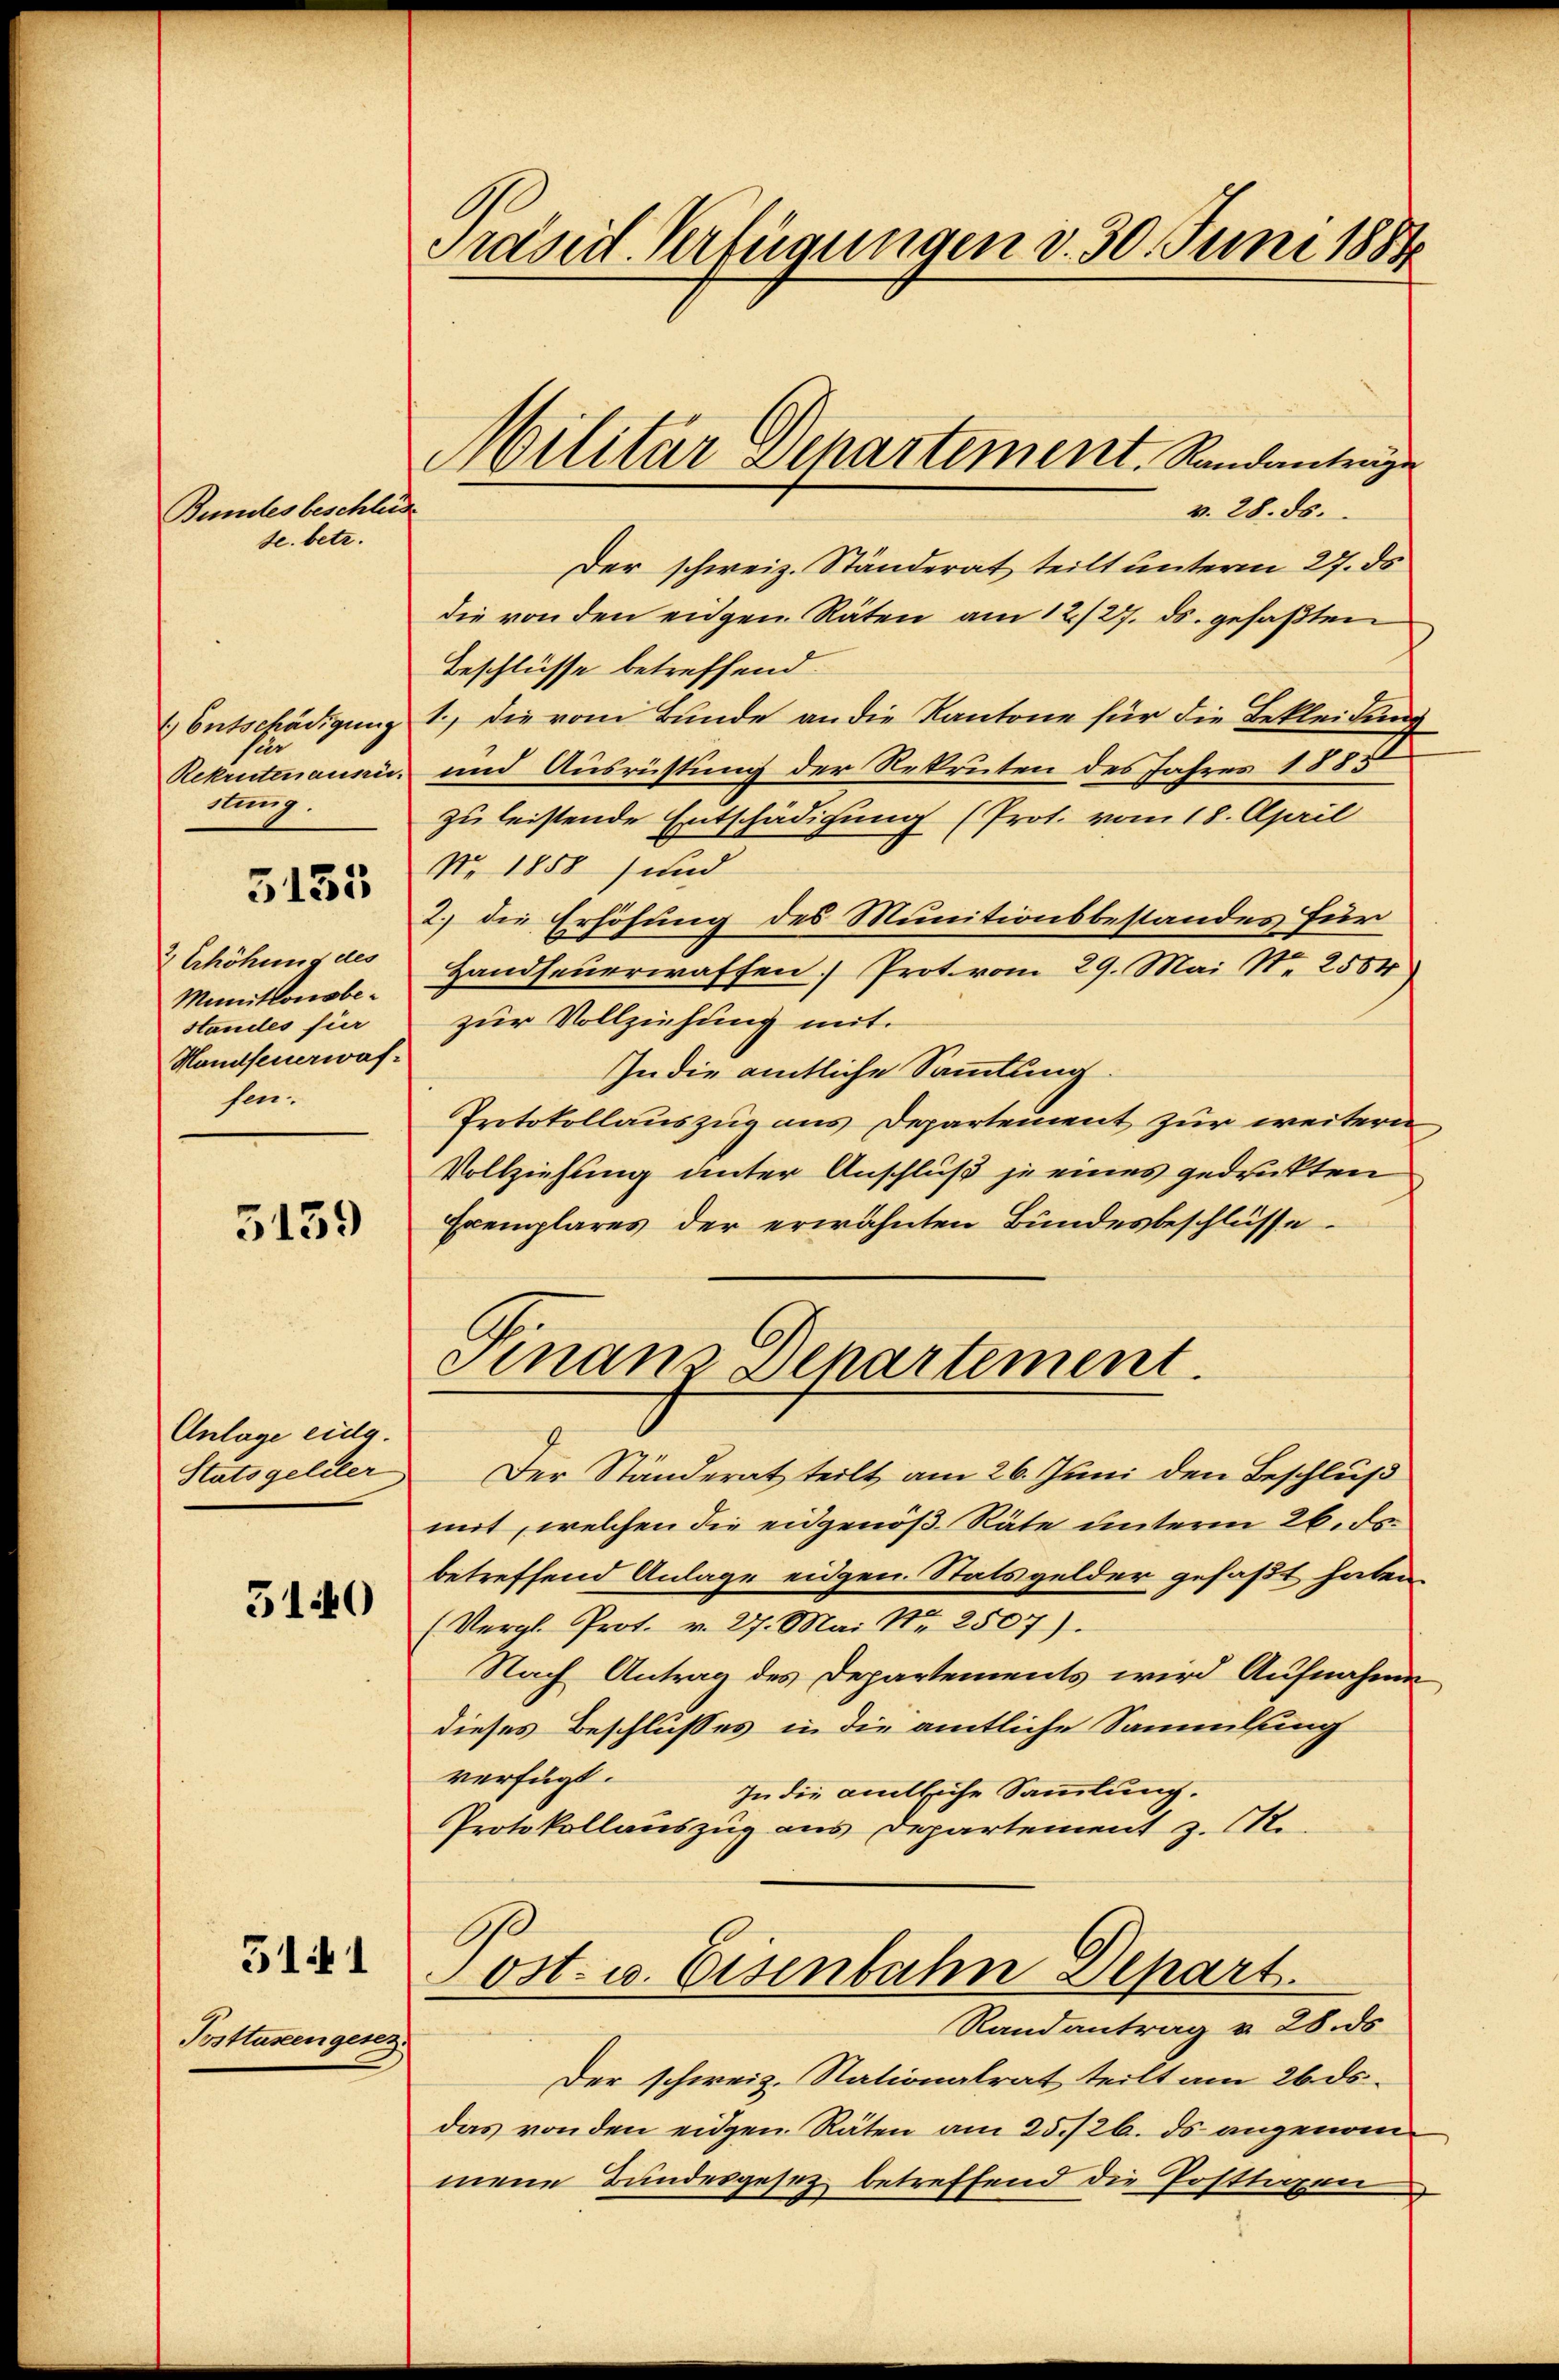
Bundes beschlüs
se. betr.

1.) Entschädigung
sel
Rekrutenaus.
stung.

5133

2 Erhöhung des
Munitionsbe¬
Standes für
Handfeuerwafsen.

5139

Anlage eidg.
Statsgeldler

5140

5141

Posttüsengesez

Präsid. Verfügungen d. 30. Juni 1884

v. 28. ds.
Der schweiz. Ständerat teilt unterm 27. ds.
die von den eigen Räten am 12/27. ds. gefaßten
Beschlüsse betreffend.
1. Die vom Bunde an die Kantone für die Bekleidung
und Ausrüstung der Rekruten des Jahres 1885
zu leistende Entschädigung (Prot. vom 18. April
No. 1858) und
2.) die Erhöhung des Munitionsbestandes für
Handfeuerwaffen) Prot. vom 29. Mai Nr. 2554
zur Vollziehung mit.
In die amtliche Sammlung
Protokollauszug aus Departement zur weitern
Vollziehung unter Anschluß je eines gedruckten
Exemplares der erwähnten Bundesbeschlüsse
Finanz-Departement.
Der Ständerat teilt am 26. Juni den Beschluß
mit, welchen die eidgenöß Räte unterm 26. ds.
betreffend Anlage eidgen. Statsgelder gefaßt haben.
(Vergl. Prot. v. 27. Mai Nr. 2507).
Nach Antrag des Departements wird Aufnahme
dieses Beschlusses in die amtliche Sammlung
verfügt:
In die amtliche Sammlung.
Protokollauszug aus Departement z. B.
.
A
ost- u. Eisenbahn Depart.
Randantrag v. 28. ds
Der schweiz. Stationalrat teilt am 26. ds.
das von den eidgen. Räten am 25./26. ds. angenommene Bundesgesetz betreffend die Posttigen

Militär Departiment. Randanträge